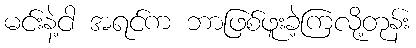
မင်းနဲ့ငါ အရင်က ဘာဖြစ်ဖူးခဲ့ကြလို့တုန်း